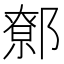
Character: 𨝷